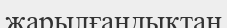
жарылғандықтан